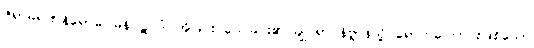
ဇရာမရဏနိရောဓဂါမိနိပဋိပဒံ၊ အိုခြင်း သေခြင်း၏ ချုပ်ရာ နိဗ္ဗာန်သို့ ရောက်ကြောင်းဖြစ်သော